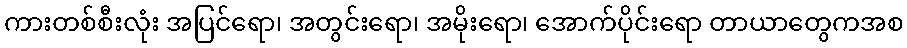
ကားတစ်စီးလုံး အပြင်ရော၊ အတွင်းရော၊ အမိုးရော၊ အောက်ပိုင်းရော တာယာတွေကအစ